system: You are a helpful assistant.
user:
Analyze the provided spectrum to determine if it is a **"Cataclysmic Variables (CV)"**.

- **Key Indicators for CV (Check for either state):**
    - **State 1: Quiescent / Low-State (Emission-Dominated)**
        - **(Primary):** Strong and *very broad* Hydrogen Balmer emission lines (e.g., $H\alpha$ at 6563 Å, $H\beta$ at 4861 Å). The 'broadness' (high velocity dispersion, often FWHM > 1000 km/s) is the key diagnostic, indicating a high-velocity accretion disk.
        - **(Secondary):** Broad neutral Helium (He I) emission lines (e.g., 5876 Å, 6678 Å).
        - **(Key Confirmation):** Presence of high-excitation *ionized* Helium (He II) emission at 4686 Å. This is a strong indicator of accretion onto a white dwarf.
        - **(Line Profile):** Emission lines may exhibit a 'double-peaked' profile, which is a classic signature of a rotating accretion disk viewed at high inclination.

    - **State 2: Outburst / High-State (Absorption-Dominated)**
        - **(Primary):** Spectrum is dominated by a bright, blue continuum (looks like a hot star).
        - **(Secondary):** The emission lines from State 1 are weak, absent, or 'filled in', and are replaced by broad, shallow *absorption* lines (primarily Balmer and He I).
        - **(Morphology):** The overall spectrum mimics a hot B/A-type star. The crucial difference is that the absorption lines are significantly broader, shallower, and more 'washed-out' (or 'smeared') than the sharp lines of a normal stellar photosphere, due to high rotational speeds and pressure broadening in the disk.

Think first, call **spectral_visualization_tool** if needed to examine features in detail, then provide your final answer. Your response must adhere to the following strict rules:
1.  **Overall Structure:** Your response must follow the format `<think>...</think> <tool_call>...</tool_call> (if a tool is used) <answer>...</answer>`.
2.  **Tool Usage Constraint:** You may only make **one** tool call per turn.
3.  **Final Answer Format:** In the `<answer>` tag, your conclusion must be inside a `\boxed{}` command (e.g., `\boxed{YES}`), followed by your justification.

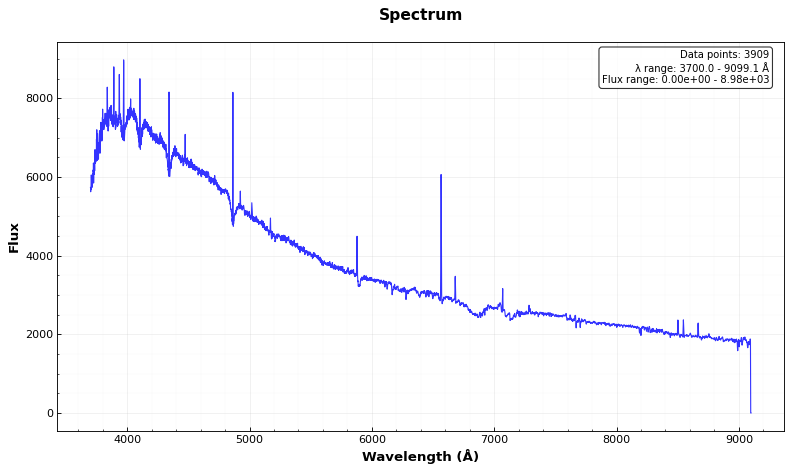
Answer: YES